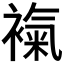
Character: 𧜃